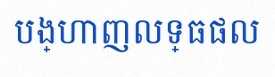
បង្ហាញលទ្ធផល